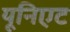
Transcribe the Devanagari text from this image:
यूनिएट